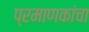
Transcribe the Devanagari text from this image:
प्रमाणकांचा